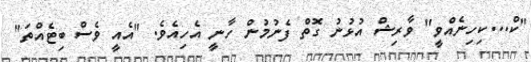
"ކް...ކިހިނެއްވީ" ވާރިޝް އުޅުނު ގޮތް ފެނުމުން ހާނީ އެހިއެވެ. "އެއީ ވެސް ބިޓެއްތަ"